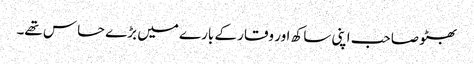
بھٹو صاحب اپنی ساکھ اور وقار کے بارے میں بڑے حساس تھے۔